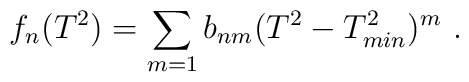
f_n(T^2)=\sum_{m=1}b_{nm}(T^2-T_{min}^2)^m \ .